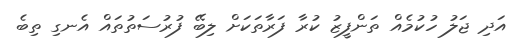
އަދި ޖަލު ހުކުމެއް ތަންފީޒު ކުރާ ފަރާތަކަށް ލިބޭ ފުރުސަތުތައް އެނގި ތިބެ